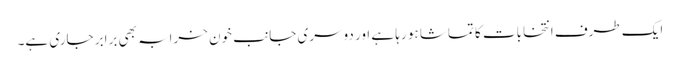
ایک طرف انتخابات کا تماشا ہو رہا ہے اور دوسری جانب خون خرابہ بھی برابر جاری ہے۔